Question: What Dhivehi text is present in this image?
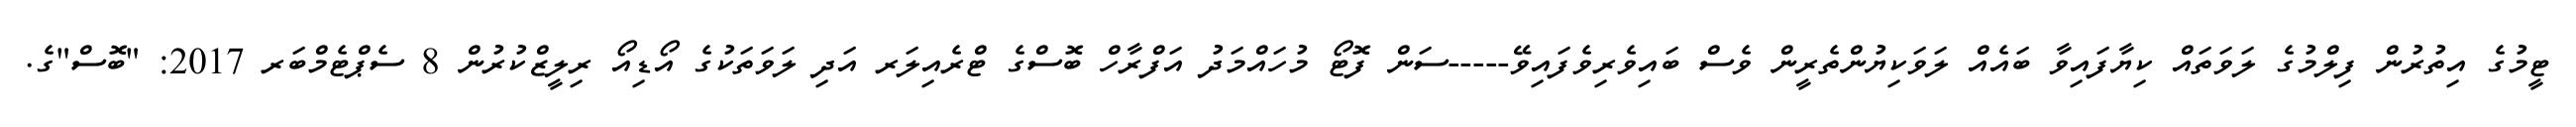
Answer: ޓީމުގެ އިތުރުން ފިލްމުގެ ލަވަތައް ކިޔާފައިވާ ބައެއް ލަވަކިޔުންތެރީން ވެސް ބައިވެރިވެފައިވޭ-----ސަން ފޮޓޯ މުހައްމަދު އަފްރާހް ބޮސްގެ ޓްރެއިލަރ އަދި ލަވަތަކުގެ އޯޑިއޯ ރިލީޒްކުރުން 8 ސެޕްޓެމްބަރ 2017: "ބޮސް"ގެ.